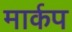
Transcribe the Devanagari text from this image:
मार्कप